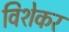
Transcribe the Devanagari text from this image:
विशेकर